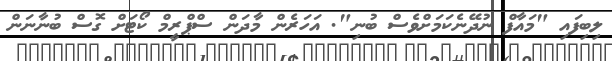
ލިބިފައި "މައާފް ނުދޭނެކަމަށްވެސް ބުނި". އަހަރެން މާދަން ސްޕްރީމް ކޯޓަށް ގޮސް ބުނާނަން